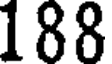
188